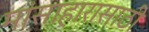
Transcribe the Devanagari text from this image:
मांसाहारासाठी